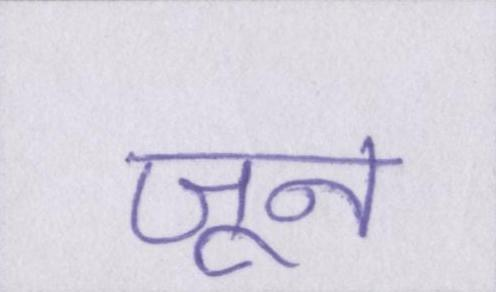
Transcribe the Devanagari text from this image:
जून